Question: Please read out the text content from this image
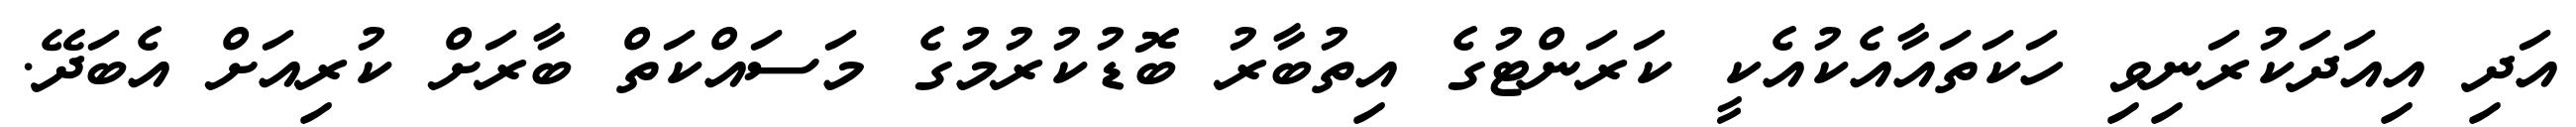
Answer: އަދި އިއަދަކުރަނިވި ހަކަތައާއެކުއެކީ ކަރަންޓުގެ އިތުބާރު ބޮޑުކުރުމުގެ މަސައްކަތް ބާރަށް ކުރިއަށް އެބަދޭ.